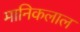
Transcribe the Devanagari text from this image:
मानिकलाल